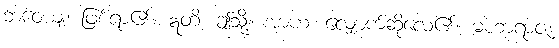
ဘဝေယျ၊ ဖြစ်ရာ၏။ ဣတိ၊ ဤသို့။ အာဟ၊ လျှောက်ဆိုလေ၏။ မဟာရာဇ၊